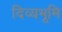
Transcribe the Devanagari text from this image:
दिव्यभूमि